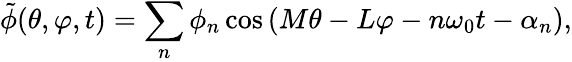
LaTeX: \tilde{\phi}(\theta,\varphi,t)=\sum_{n}\phi_{n}\cos{(M\theta-L\varphi-n\omega_{0}t-\alpha_{n})},